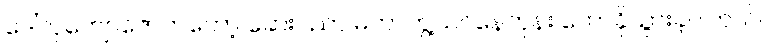
ဒေါ်လှကျော်ဇောကတော့ ဆေးပညာ မဟာဘွဲ့သင်နေတုန်း တောခိုသွားခဲ့ပါတယ်။